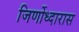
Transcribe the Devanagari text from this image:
जिर्णोध्दारास